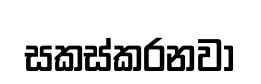
සකස්කරනවා